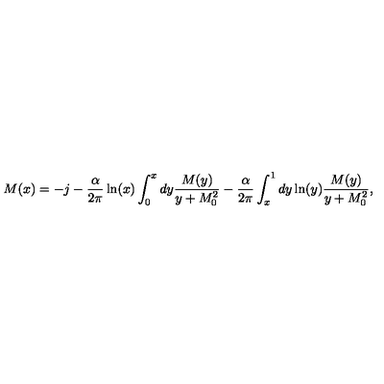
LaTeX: M ( x ) = - j - \frac { \alpha } { 2 \pi } \ln ( x ) \int _ { 0 } ^ { x } d y \frac { M ( y ) } { y + M _ { 0 } ^ { 2 } } - \frac { \alpha } { 2 \pi } \int _ { x } ^ { 1 } d y \ln ( y ) \frac { M ( y ) } { y + M _ { 0 } ^ { 2 } } ,